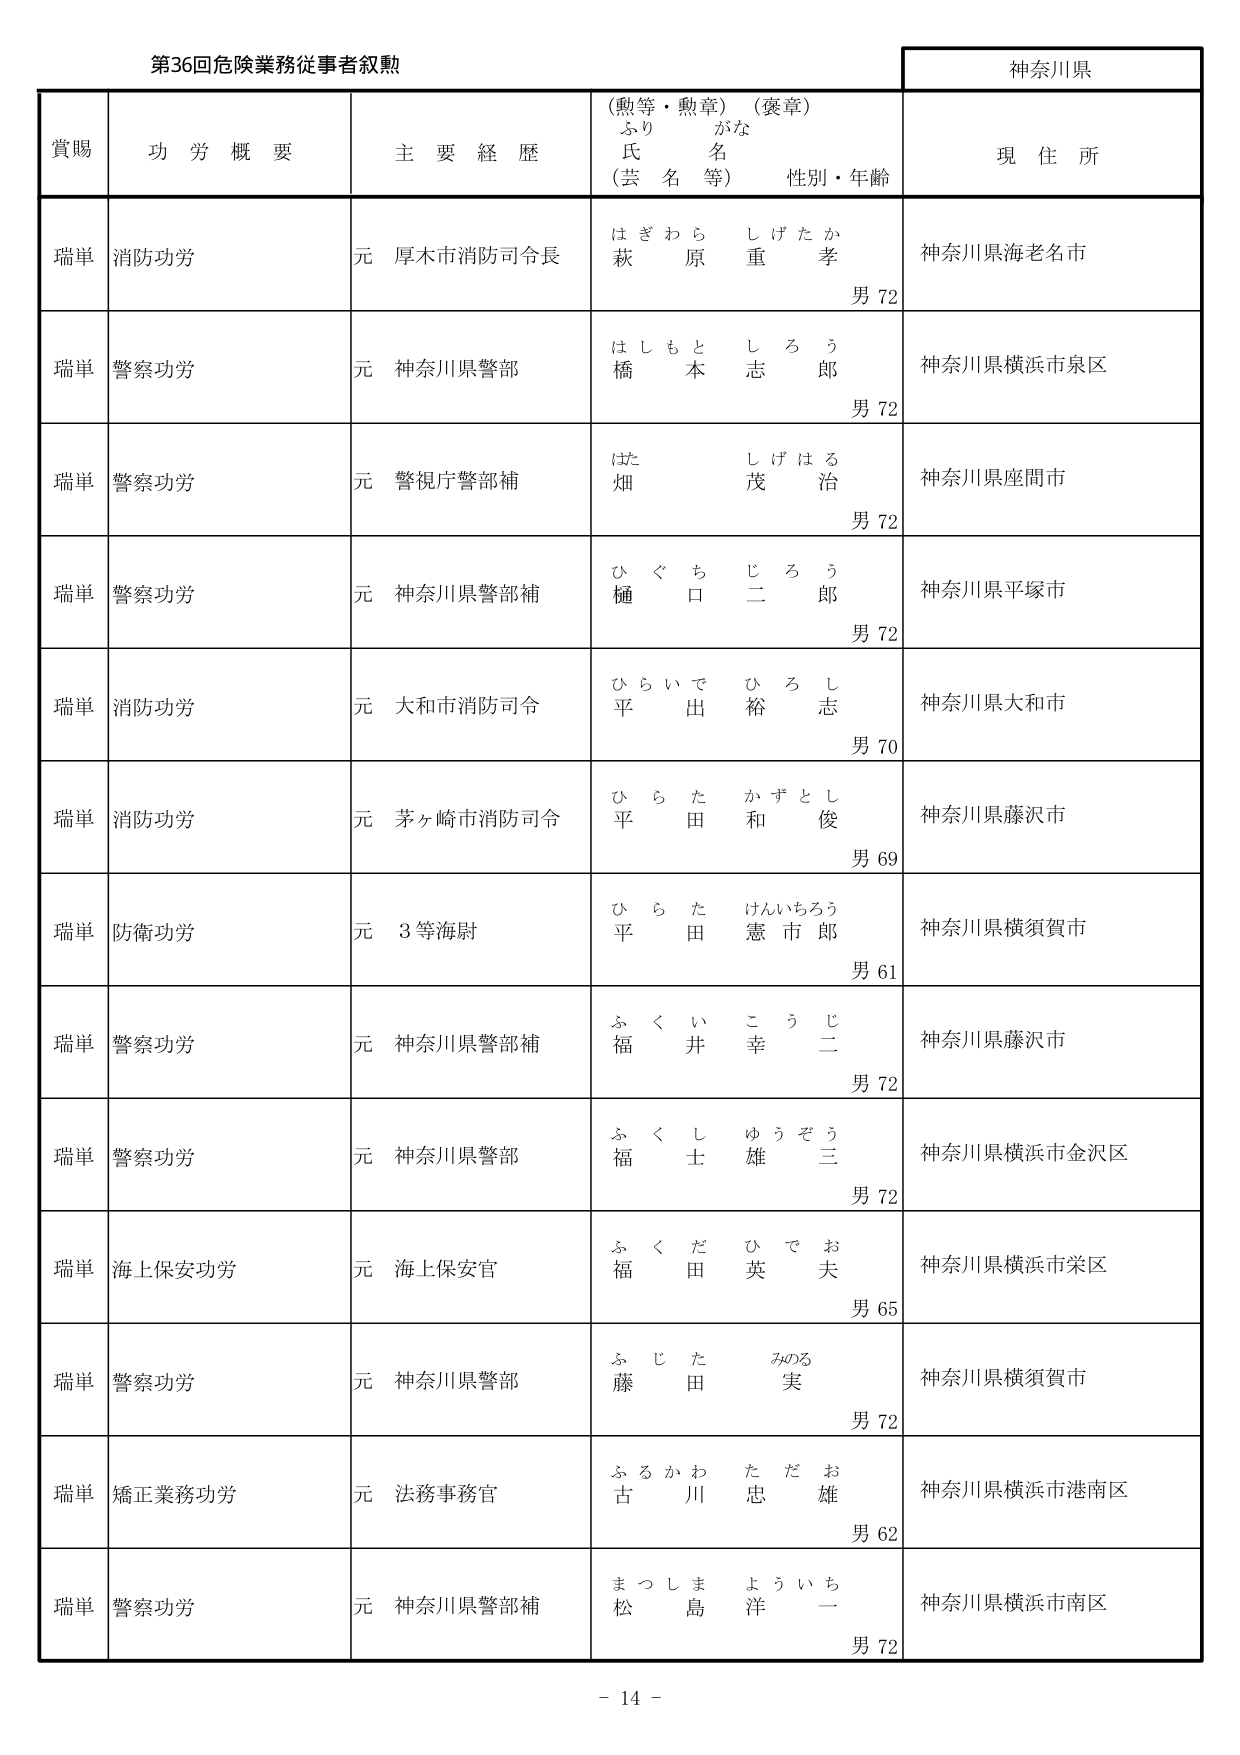
第36回危険業務従事者叙勲

神奈川県

賞賜　　功労概要　　主要経歴　　（勲等・勲章）（褒章）　　現住所
　　　　　　　　　　　　ふりがな
　　　　　　　　　　　　氏名
　　　　　　　　　　　　（芸名等）　　性別・年齢

瑞単　消防功労　　元 厚木市消防司令長　　はぎわら　しげたか　　神奈川県海老名市
　　　　　　　　　　　　　　　　　　　　萩　原　重　孝　　男 72

瑞単　警察功労　　元 神奈川県警部　　はしもと　しろう　　神奈川県横浜市泉区
　　　　　　　　　　　　　　　　　　　　橋　本　志　郎　　男 72

瑞単　警察功労　　元 警視庁警部補　　はた　しげはる　　神奈川県座間市
　　　　　　　　　　　　　　　　　　　　畑　茂　治　　男 72

瑞単　警察功労　　元 神奈川県警部補　　ひぐち　じろう　　神奈川県平塚市
　　　　　　　　　　　　　　　　　　　　樋　口　二　郎　　男 72

瑞単　消防功労　　元 大和市消防司令　　ひらいで　ひろし　　神奈川県大和市
　　　　　　　　　　　　　　　　　　　　平　出　裕　志　　男 70

瑞単　消防功労　　元 茅ヶ崎市消防司令　　ひらた　かずとし　　神奈川県藤沢市
　　　　　　　　　　　　　　　　　　　　平　田　和　俊　　男 69

瑞単　防衛功労　　元 3等海尉　　ひらた　けんいちろう　　神奈川県横須賀市
　　　　　　　　　　　　　　　　　　平　田　憲　市　郎　　男 61

瑞単　警察功労　　元 神奈川県警部補　　ふくい　こうじ　　神奈川県藤沢市
　　　　　　　　　　　　　　　　　　　　福　井　幸　二　　男 72

瑞単　警察功労　　元 神奈川県警部　　ふくし　ゆうぞう　　神奈川県横浜市金沢区
　　　　　　　　　　　　　　　　　　　　福　士　雄　三　　男 72

瑞単　海上保安功労　　元 海上保安官　　ふくだ　ひでお　　神奈川県横浜市栄区
　　　　　　　　　　　　　　　　　　　　福　田　英　夫　　男 65

瑞単　警察功労　　元 神奈川県警部　　ふじた　みのる　　神奈川県横須賀市
　　　　　　　　　　　　　　　　　　　　藤　田　実　　男 72

瑞単　矯正業務功労　　元 法務事務官　　ふるかわ　ただお　　神奈川県横浜市港南区
　　　　　　　　　　　　　　　　　　　　古　川　忠　雄　　男 62

瑞単　警察功労　　元 神奈川県警部補　　まつしま　よういち　　神奈川県横浜市南区
　　　　　　　　　　　　　　　　　　　　松　島　洋　一　　男 72

－ 14 －